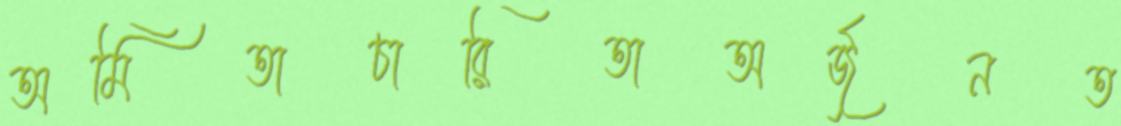
অমিতাচারিতাঅর্জুনত